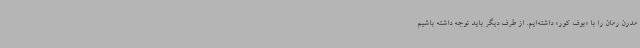
مدرن رمان را با «بوف کور» داشته‌ایم. از طرف دیگر باید توجه داشته باشیم